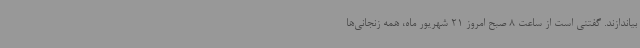
بیاندازند. گفتنی است از ساعت 8 صبح امروز 21 شهریور ماه، همه زنجانی‌ها